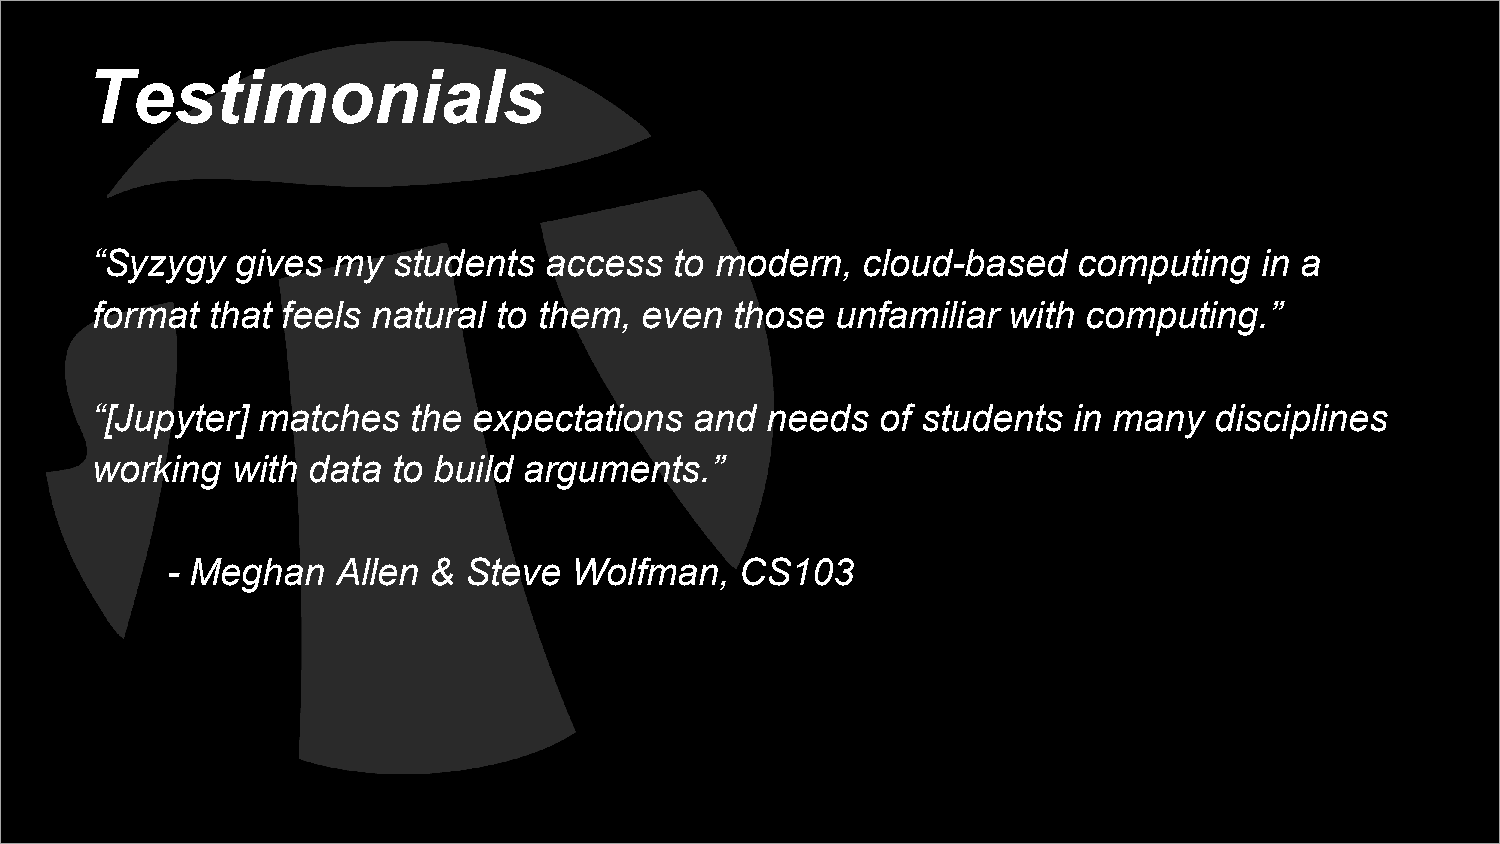
Testimonials
 “Syzygy   gives my  students  access   to modern,  cloud-based   computing   in a
 format  that feels natural to them, even   those unfamiliar  with computing.”
 “[Jupyter] matches   the expectations   and  needs  of students  in many  disciplines
 working  with data  to build arguments.”
 - Meghan   Allen &  Steve  Wolfman,   CS103